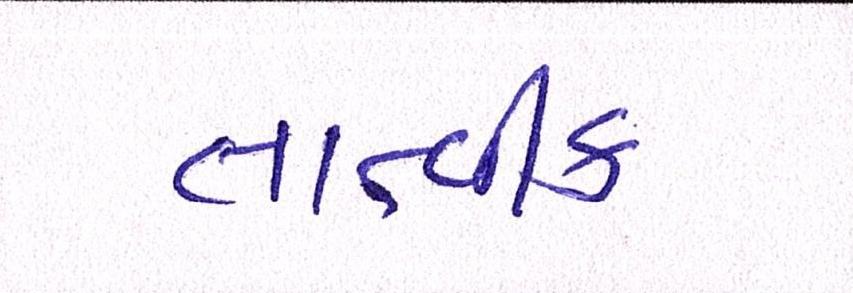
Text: તાત્વીક